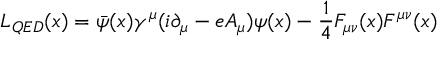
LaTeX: { \cal { L } } _ { Q E D } ( x ) = \bar { \psi } ( x ) \gamma ^ { \mu } ( i \partial _ { \mu } - e A _ { \mu } ) \psi ( x ) - \frac { 1 } { 4 } F _ { \mu \nu } ( x ) F ^ { \mu \nu } ( x )